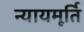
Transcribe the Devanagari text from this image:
न्‍यायमूर्ति